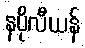
နပိုလီယန်